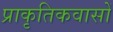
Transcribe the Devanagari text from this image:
प्राकृतिकवासों